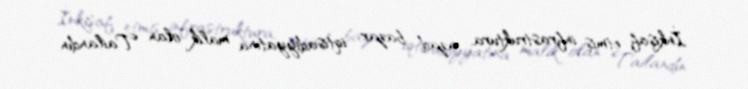
İnkişaf etmiş infrastruktura, azad bazar iqtisadiyyatına malik olan Tailandın